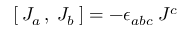
[ \: J _ { a \: } , \: J _ { b } \: ] = - \epsilon _ { a b c } \: J ^ { c }